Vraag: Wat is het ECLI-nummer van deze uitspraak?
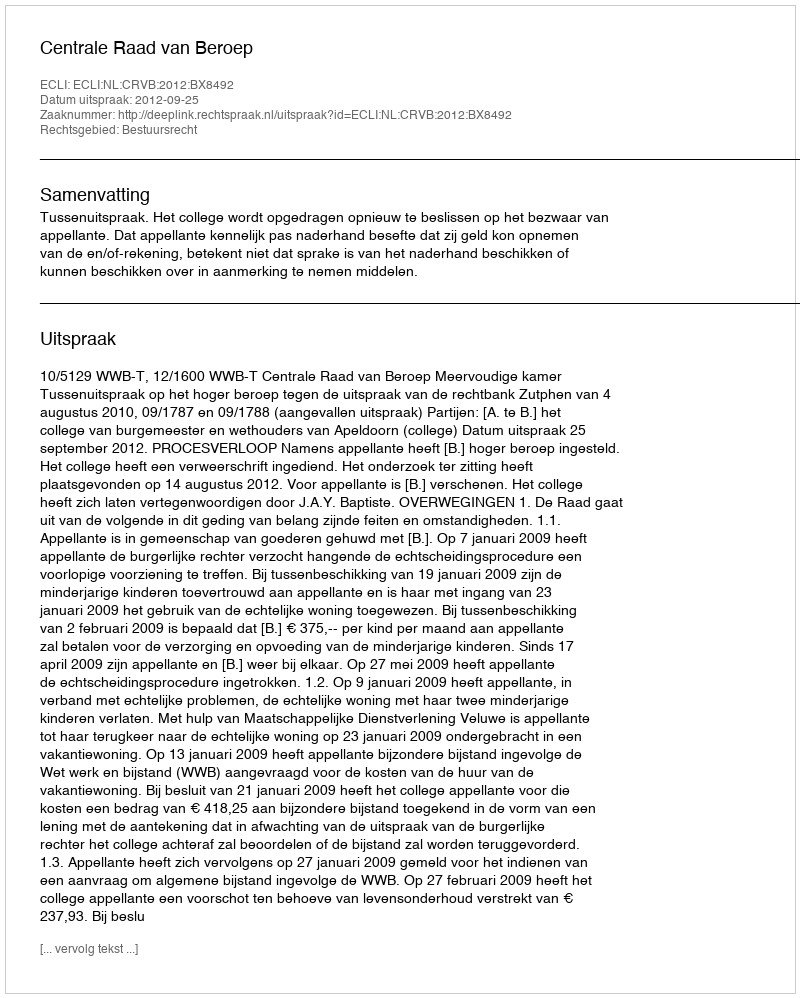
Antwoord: ECLI:NL:CRVB:2012:BX8492